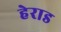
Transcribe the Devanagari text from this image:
हेराड